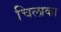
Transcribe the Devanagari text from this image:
चिलाका